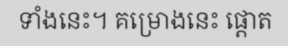
ទាំងនេះ។ គម្រោងនេះ ផ្តោត